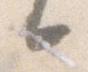
候